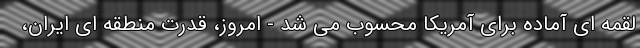
لقمه ای آماده برای آمریکا محسوب می شد - امروز، قدرت منطقه ای ایران،